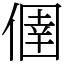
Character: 㒁